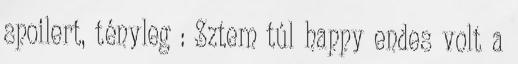
spoilert, tényleg : Sztem túl happy endes volt a